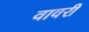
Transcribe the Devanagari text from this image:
वावरी